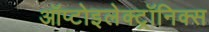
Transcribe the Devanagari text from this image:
ऑप्टोइलेक्ट्रॉनिक्स